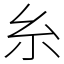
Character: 糸